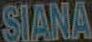
SIANA